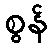
စွန်